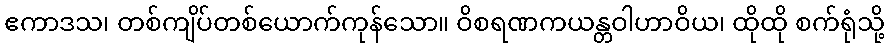
ဧကာဒသ၊ တစ်ကျိပ်တစ်ယောက်ကုန်သော။ ဝိစရဏကယန္တဝါဟာဝိယ၊ ထိုထို စက်ရုံသို့